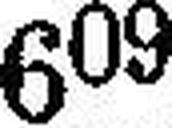
6°9